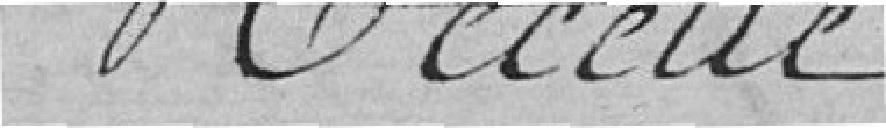
Recette